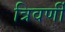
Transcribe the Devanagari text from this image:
त्रिवर्णी